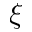
\boldsymbol { \xi }